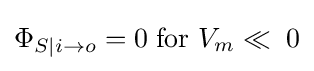
\Phi _{S|i\to o}=0\;{\mbox{for}}\ V_{m}\ll \;0